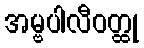
အမ္ဗပါလီဝတ္ထု